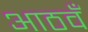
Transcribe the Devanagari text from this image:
आठवँ